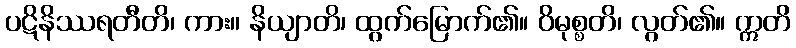
ပဋိနိဿရတီတိ၊ ကား။ နိယျာတိ၊ ထွက်မြောက်၏။ ဝိမုစ္စတိ၊ လွတ်၏။ ဣတိ